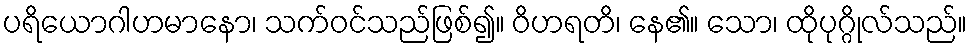
ပရိယောဂါဟမာနော၊ သက်ဝင်သည်ဖြစ်၍။ ဝိဟရတိ၊ နေ၏။ သော၊ ထိုပုဂ္ဂိုလ်သည်။